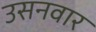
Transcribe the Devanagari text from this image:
उसनवार